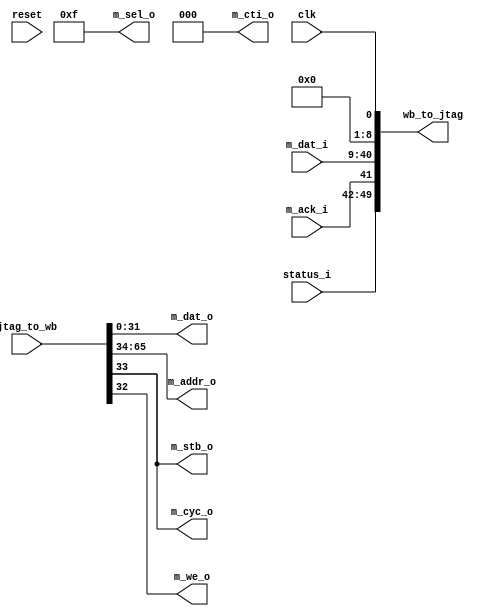

// synthesis translate_off
`timescale 1ns / 1ps
// synthesis translate_on

module pronoc_jtag_wb #(
    
    parameter JTAG_CONNECT="XILINX_JTAG_WB",// "ALTERA_JTAG_WB" , "XILINX_JTAG_WB"  
    parameter JTAG_INDEX= 0,
    parameter JDw =32,// should be a fixed value for all IPs coneccting to JTAG
    parameter JAw=32, // should be a fixed value for all IPs coneccting to JTAG
    parameter JINDEXw=8,
    parameter JSTATUSw=8,
    parameter J2WBw = (JTAG_CONNECT== "XILINX_JTAG_WB") ? 1+1+JDw+JAw : 1,
    parameter WB2Jw= (JTAG_CONNECT== "XILINX_JTAG_WB") ? 1+JSTATUSw+JINDEXw+1+JDw  : 1,

    
    //wishbone port parameters
    parameter Dw          =   32,
    parameter Aw          =   32,
    parameter TAGw          =   3,
    parameter SELw          =   4
    

)(
    clk,
    reset,
    status_i,
    
     //wishbone master interface signals
    m_sel_o,
    m_dat_o,
    m_addr_o,
    m_cti_o,
    m_stb_o,
    m_cyc_o,
    m_we_o,
    m_dat_i,
    m_ack_i,     
    //jtag interface for xilinx board
    jtag_to_wb,
    wb_to_jtag
    
);

    //IO declaration
    input reset,clk;
    input [JSTATUSw-1 :   0]  status_i;
    
    //wishbone master interface signals
    output  [SELw-1          :   0] m_sel_o;
    output  [Dw-1            :   0] m_dat_o;
    output  [Aw-1            :   0] m_addr_o;
    output  [TAGw-1          :   0] m_cti_o;
    output                          m_stb_o;
    output                          m_cyc_o;
    output                          m_we_o;
    input   [Dw-1           :  0]   m_dat_i;
    input                           m_ack_i;    
   
   //jtag interface
    input  [J2WBw-1 : 0] jtag_to_wb;
    output [WB2Jw-1: 0] wb_to_jtag;
    
    
    generate 
    /* verilator lint_off WIDTH */
    if(JTAG_CONNECT == "ALTERA_JTAG_WB") begin: altera_jwb
    /* verilator lint_on WIDTH */
           
        vjtag_wb #(
            .VJTAG_INDEX(JTAG_INDEX),
            .DW(JDw),
            .AW(JAw),
            .SW(JSTATUSw),
        
            //wishbone port parameters
            .M_Aw(Aw),
            .TAGw(TAGw)
        )
        vjtag_inst
        (
            .clk(clk),
            .reset(reset),  
            .status_i(status_i),  
            
             //wishbone master interface signals
            .m_sel_o(m_sel_o),
            .m_dat_o(m_dat_o),
            .m_addr_o(m_addr_o),
            .m_cti_o(m_cti_o),
            .m_stb_o(m_stb_o),
            .m_cyc_o(m_cyc_o),
            .m_we_o(m_we_o),
            .m_dat_i(m_dat_i),
            .m_ack_i(m_ack_i)     
        
        );
    
           assign wb_to_jtag[0] = clk;
        
    end//altera_jwb
    
    
    
/* verilator lint_off WIDTH */  
    else if(JTAG_CONNECT == "XILINX_JTAG_WB")begin: xilinx_jwb 
/* verilator lint_on WIDTH */     
    
      
        wire [JDw-1 : 0] wb_to_jtag_dat; 
        wire [JDw-1 : 0] jtag_to_wb_dat;
        wire [JSTATUSw-1 : 0] wb_to_jtag_status;
        wire [JINDEXw-1 : 0] wb_to_jtag_index;
        wire [JAw-1 : 0] jtag_to_wb_addr;
        wire jtag_to_wb_stb;
        wire jtag_to_wb_we;
        wire wb_to_jtag_ack;
     
        assign wb_to_jtag_status = status_i;
        assign wb_to_jtag_index = JTAG_INDEX;
        assign m_dat_o = jtag_to_wb_dat [Dw-1 :0];
        assign m_addr_o = jtag_to_wb_addr[Aw-1:0];
        assign m_stb_o = jtag_to_wb_stb;
        assign m_cyc_o = jtag_to_wb_stb;
        assign m_sel_o = 4'b1111; 
        assign m_cti_o = 3'b000;
        assign m_we_o = jtag_to_wb_we;
        
        assign wb_to_jtag_dat = m_dat_i; 
        assign wb_to_jtag_ack = m_ack_i; 
          
        
        assign wb_to_jtag = {wb_to_jtag_status,wb_to_jtag_ack,wb_to_jtag_dat,wb_to_jtag_index,clk};
        assign {jtag_to_wb_addr,jtag_to_wb_stb,jtag_to_wb_we,jtag_to_wb_dat} = jtag_to_wb;
        
            
        
        
    end else begin 
        assign wb_to_jtag[0] = clk;
    end

    endgenerate
    

endmodule